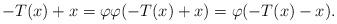
LaTeX: \begin{align*}-T(x)+x=\varphi \varphi (-T(x)+x)=\varphi (-T(x)-x).\end{align*}